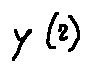
y ( z )